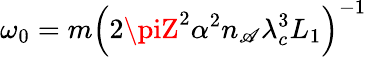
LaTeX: \omega_{0}=m\left(2\piZ^{2}\alpha^{2}n_{\mathscr{A}}\lambda_{c}^{3}L_{1}\right)^{-1}